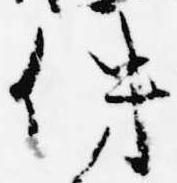
件